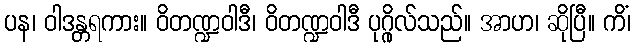
ပန၊ ဝါဒန္တရကား။ ဝိတဏ္ဍဝါဒီ၊ ဝိတဏ္ဍဝါဒီ ပုဂ္ဂိုလ်သည်။ အာဟ၊ ဆိုပြီ။ ကိံ၊